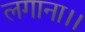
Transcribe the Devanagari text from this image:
लगाना।।